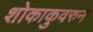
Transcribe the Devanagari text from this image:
शोकाकुवरुन